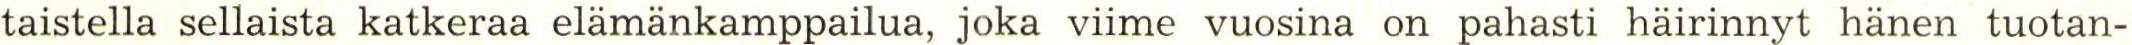
taistella sellaista katkeraa elämänkamppailua, joka viime vuosina on pahasti häirinnyt hänen tuotan-